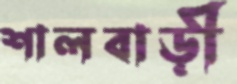
শালবাড়ী